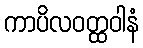
ကာပိလဝတ္ထဝါနံ